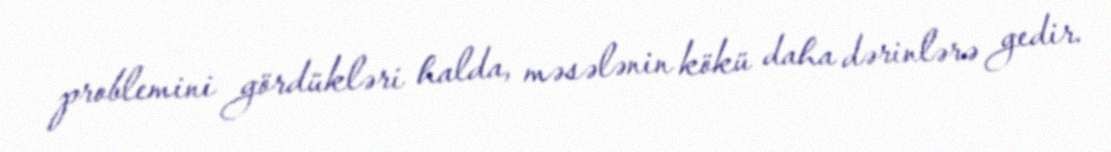
problemini gördükləri halda, məsələnin kökü daha dərinlərə gedir.